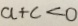
a + c < 0